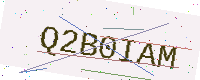
Text: Q2B0IAM